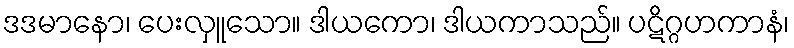
ဒဒမာနော၊ ပေးလှူသော။ ဒါယကော၊ ဒါယကာသည်။ ပဋိဂ္ဂဟကာနံ၊